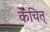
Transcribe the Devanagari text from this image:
केचित्